Indian journal of veterinary science and animal husbandry - Volumes 24-25, 1954-1955
Year: 1954
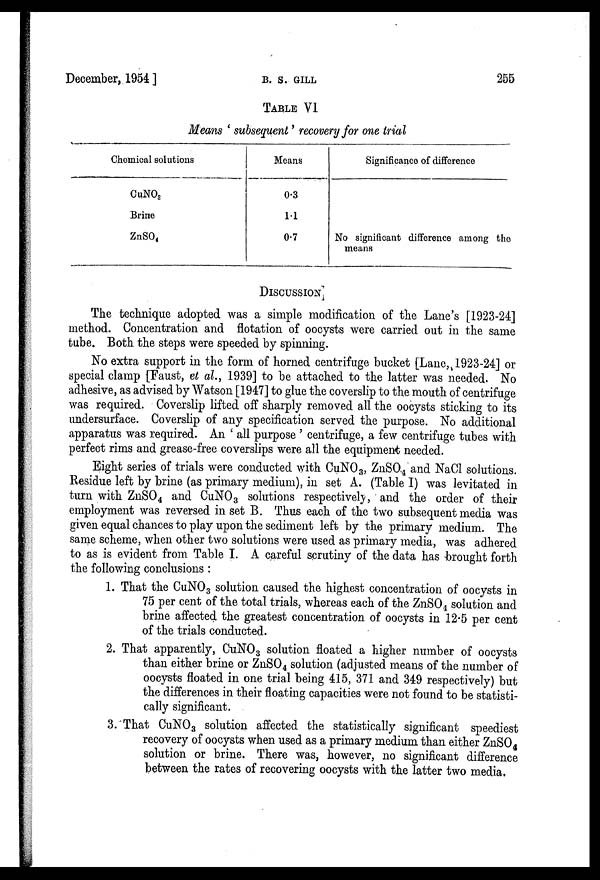
December, 1954 ]
B.
S.
GILL
255
TABLE VI
Means ' subsequent ' recovery for one trial
Chemical solutions
CuNO 3
Brine
ZnSO 4
Means
0.3
1.1
0.7
Significance of difference
No significant difference among the
means
DISCUSSION
The technique adopted was a simple modification of the Lane's [1923-24]
method. Concentration and flotation of oocysts were carried out in the same
tube. Both the steps were speeded by spinning.
No extra support in the form of horned centrifuge bucket [Lane, 1923-24] or
special clamp [Faust, et al., 1939] to be attached to the latter was needed. No
adhesive, as advised by Watson [1947] to glue the coverslip to the mouth of centrifuge
was required. Coverslip lifted off sharply removed all the oocysts sticking to its
undersurface. Coverslip of any specification served the purpose. No additional
apparatus was required. An ' all purpose ' centrifuge, a few centrifuge tubes with
perfect rims and grease-free coverslips were all the equipment needed.
Eight series of trials were conducted with CuNO 3 , ZnSO 4 and NaCl solutions.
Residue left by brine (as primary medium), in set A. (Table I) was levitated in
turn with ZnSO 4 and CuNO 3 solutions respectively, and the order of their
employment was reversed in set B. Thus each of the two subsequent media was
given equal chances to play upon the sediment left by the primary medium. The
same scheme, when other two solutions were used as primary media, was adhered
to as is evident from Table I. A careful scrutiny of the data has brought forth
the following conclusions :
1. That the CuNO 3 solution caused the highest concentration of oocysts in
75 per cent of the total trials, whereas each of the ZnSO 4 solution and
brine affected the greatest concentration of oocysts in 12.5 per cent
of the trials conducted.
2. That apparently, CuNO 3 solution floated a higher number of oocysts
than either brine or ZnSO 4 solution (adjusted means of the number of
oocysts floated in one trial being 415, 371 and 349 respectively) but
the differences in their floating capacities were not found to be statisti-
cally significant.
3. That CuNO 3 solution affected the statistically significant speediest
recovery of oocysts when used as a primary medium than either ZnSO 4
solution or brine. There was, however, no significant difference
between the rates of recovering oocysts with the latter two media,